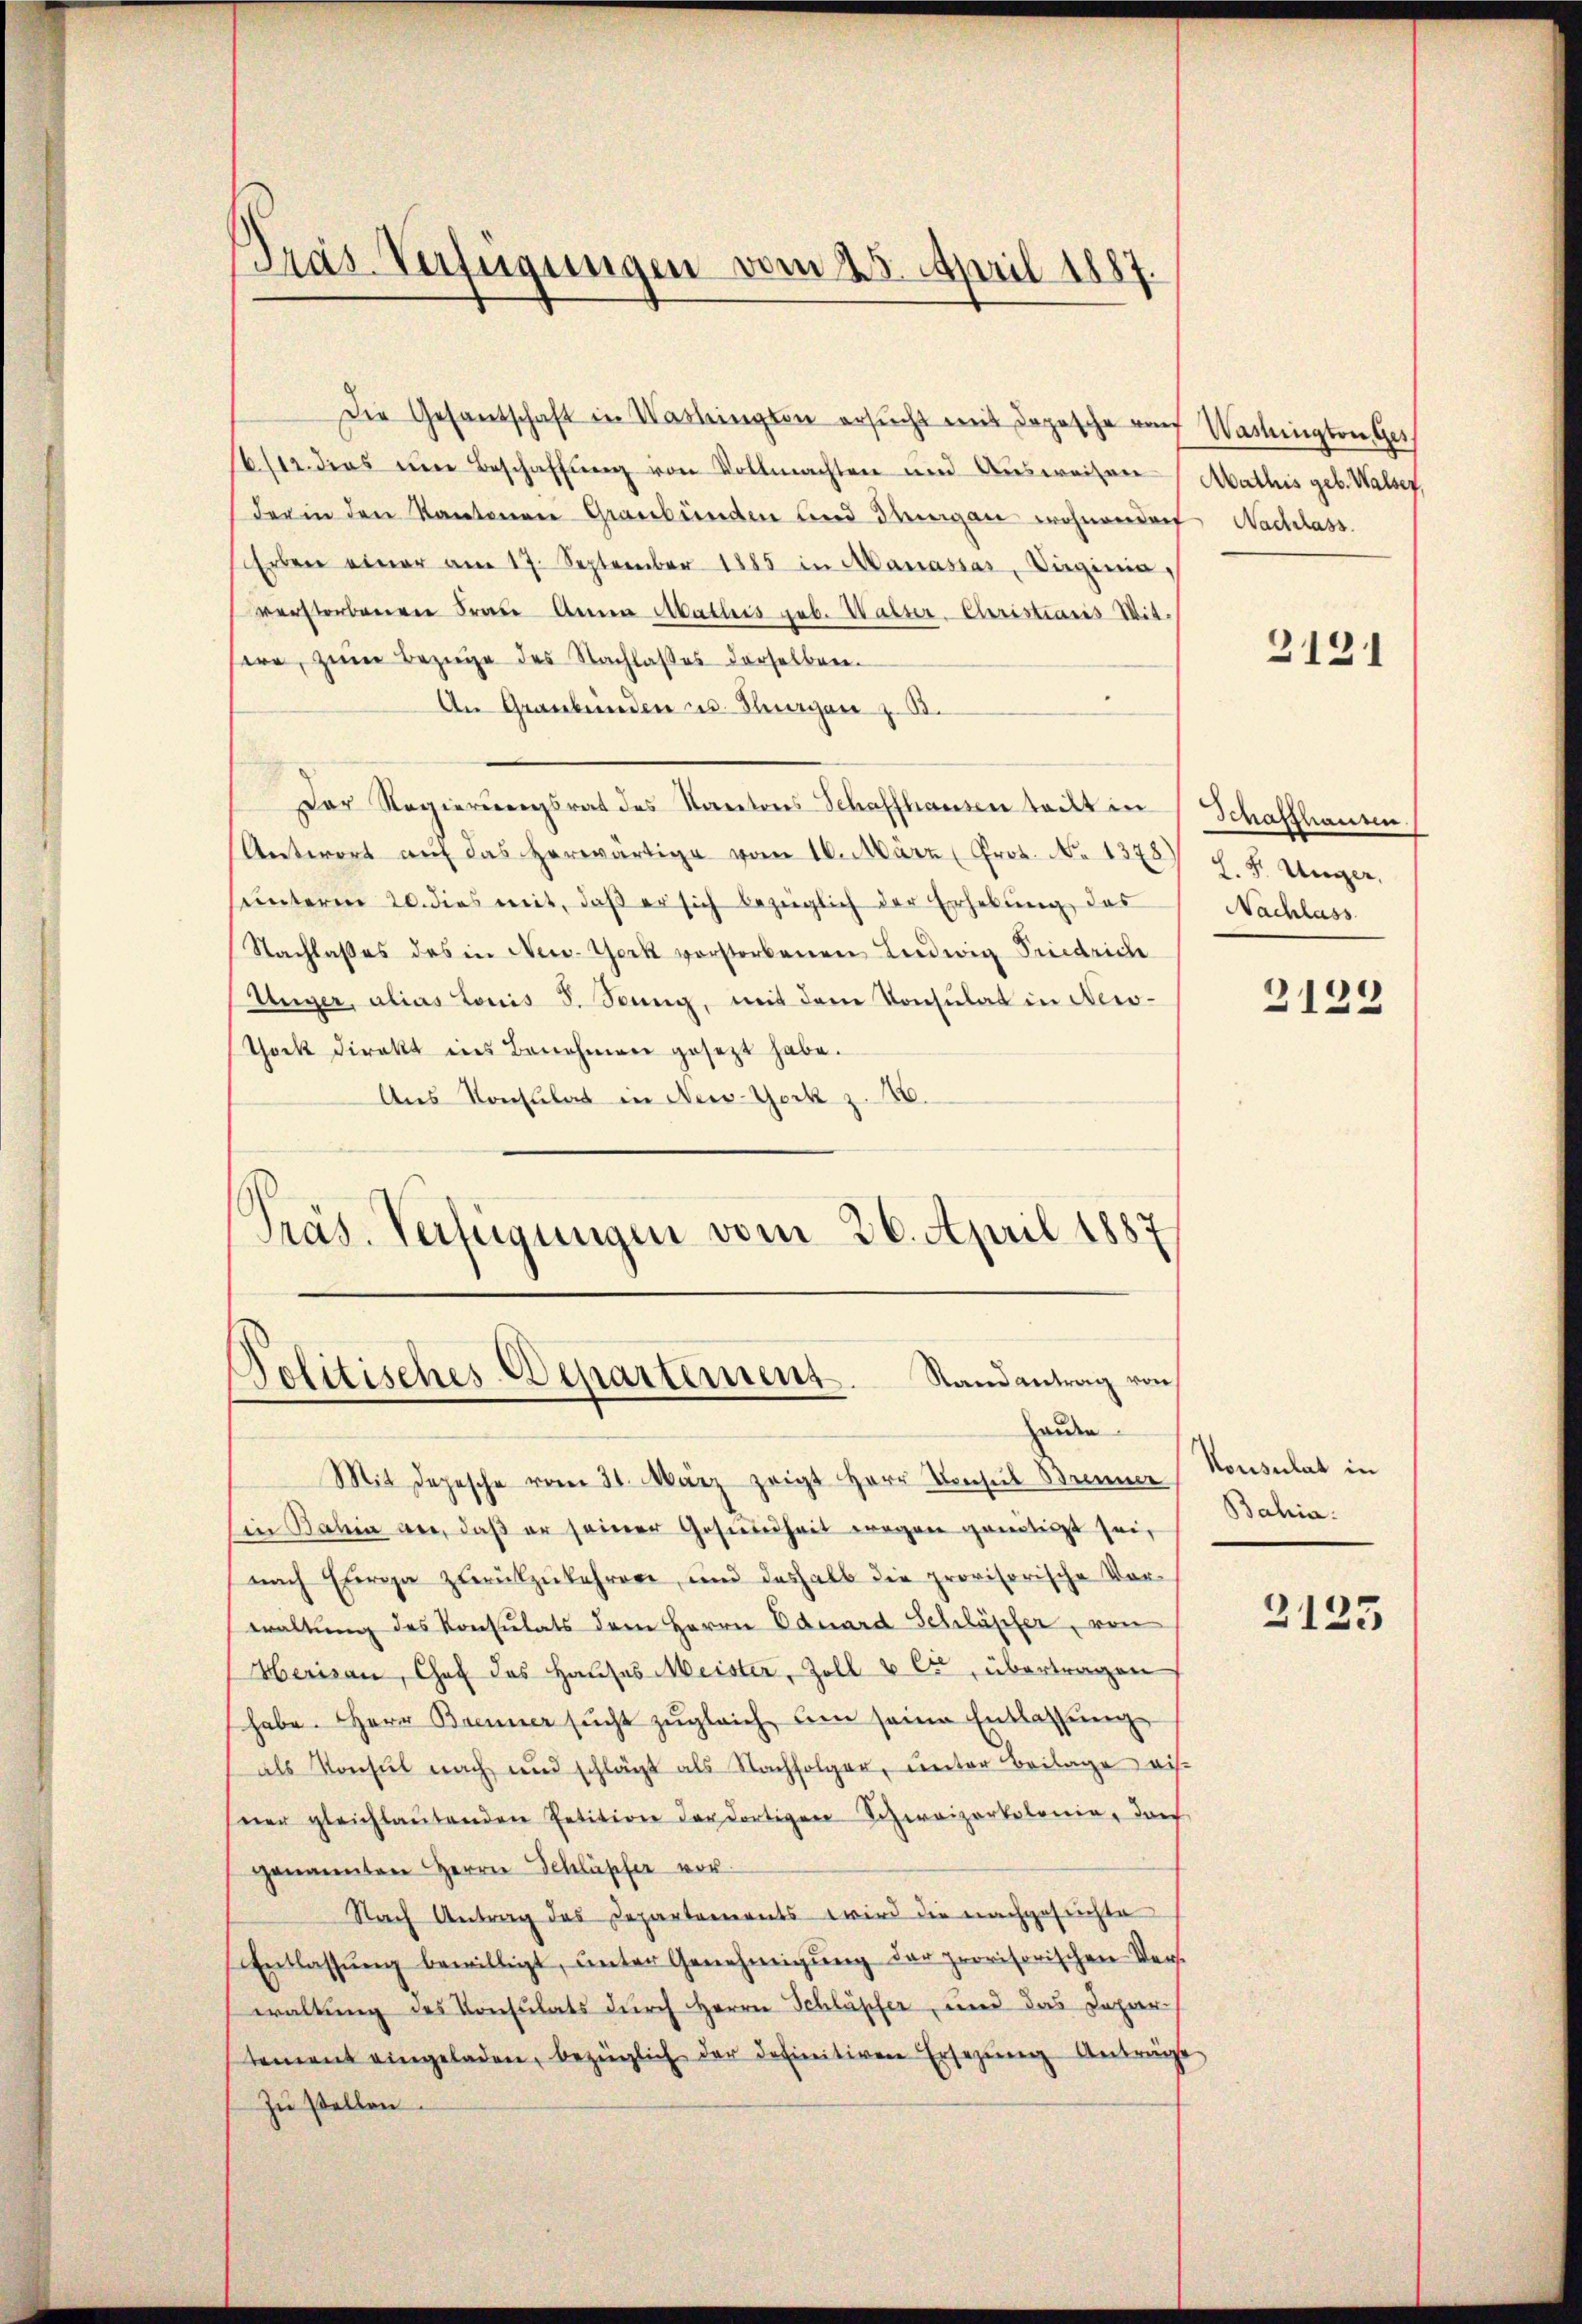
Pras Verfügungen vom 25. April 1887.

Die Gesandschaft in Washington ersŭcht mit dopesche auf Washingten Ges
6fr. dies um Beschaffŭng von Vollmachten und Ausweisen Mathis geb. Walser,
der in den Kantonen Graubünden und Thurgan wohnendorf Nachlass
Erben einer am 17. September 1885 in Manassar, Dirginie
verstorbenen Frau Anna Mathes geb. Wasser. Christiaris Wit.
ere, zŭm Bezüge des Nachlasses derselben.
An Graubünden u. Thurgau z
Der Regierungsrat des Kantons Schaffhausen teilt in
Antwort auf das herwärtige vom 16. März (Prot. No 13787 s. f. Unger.
unterm 20. dies mit, daβ er sich bezüglich der Erhebung des
Nachlasses des in New-York vorstorbenen Ludwig Friedrich
Unger, alias Louis d. Sonng, mit dem Konsulat in New-
Thock direkt ein Benehmen gesezt habe.
Aus Konsulat in New-York z. B.
Präs. Verfügungen vom 26. April 1887

Politisches Departement. Randantrag von
Zauder

Mit Depesche vom 31. März zeigt Herr Konsul Simmer
Ein Bahin an, daβ er seiner Gesundheit wegen genötigt sei,
nach Europa zurückzukehren, und deshalb die provisorische Vor-
waltung des Konsulats dem Herrn Eduard Schläpfer, von
Herisau, Chef das Hauses Meister, Zoll & Cie, übertragen
habe. Herr Brenner sŭcht zŭgleich bin seine Entlassung
als Konsul nach und schlägt als Nachfolger, unter Beilage vis-
ner gleichlaŭtenden Petition der dortigen Schweizerkolonie, dor
genannten Herrn Schläpfer vor
Nach Antrag des Departements wird die nachgesrichte
Entlassung bewilligt, unter Genehmigung der provisorischen Verwaltung des Konsulats durch Herrn Schlässer, und das Jahr
tement eingeladen, bezüglich der definitiven Ersezung Anträge
Zu stellen.

2121

Schaffhausen.
Nachlass

2123

Konsulat in
Bahia:

2123